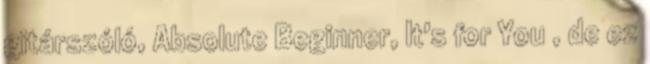
gitárszóló, Absolute Beginner, It's for You , de ez